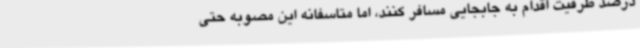
درصد ظرفیت اقدام به جابجایی مسافر کنند، اما متاسفانه این مصوبه حتی